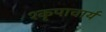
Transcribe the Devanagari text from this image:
१कृपाचार्य